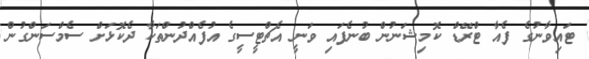
ޓައިވާނުގެ ފެއާ ޓްރޭޑް ކޮމިޝަނުން ބުނެފައި ވަނީ އެޗްޓީސީގެ އުފެއްދުންތަކާ ދެކޮޅަށް ސެމްސަންގުން